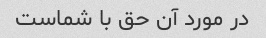
در مورد آن حق با شماست